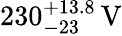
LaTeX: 230_{-23}^{+13.8}\, \mathrm{V}